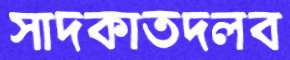
সাদকাতদলব